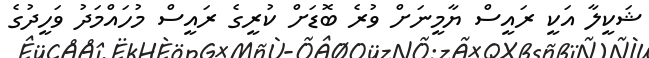
ޝަކީލާ އަކީ ރައީސް ޔާމީނަށް ވުރެ ބޮޑަށް ކުރީގެ ރައީސް މުހައްމަދު ވަހީދުގެ